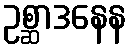
ဥစ္ဆာဒနေန